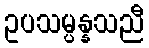
ဥပသမ္ပန္နသညီ